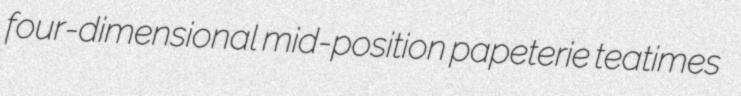
four-dimensional mid-position papeterie teatimes